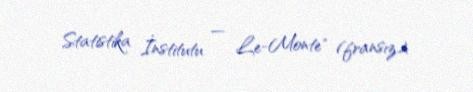
Statistika İnstitutu — Le-Monte" (fransız).